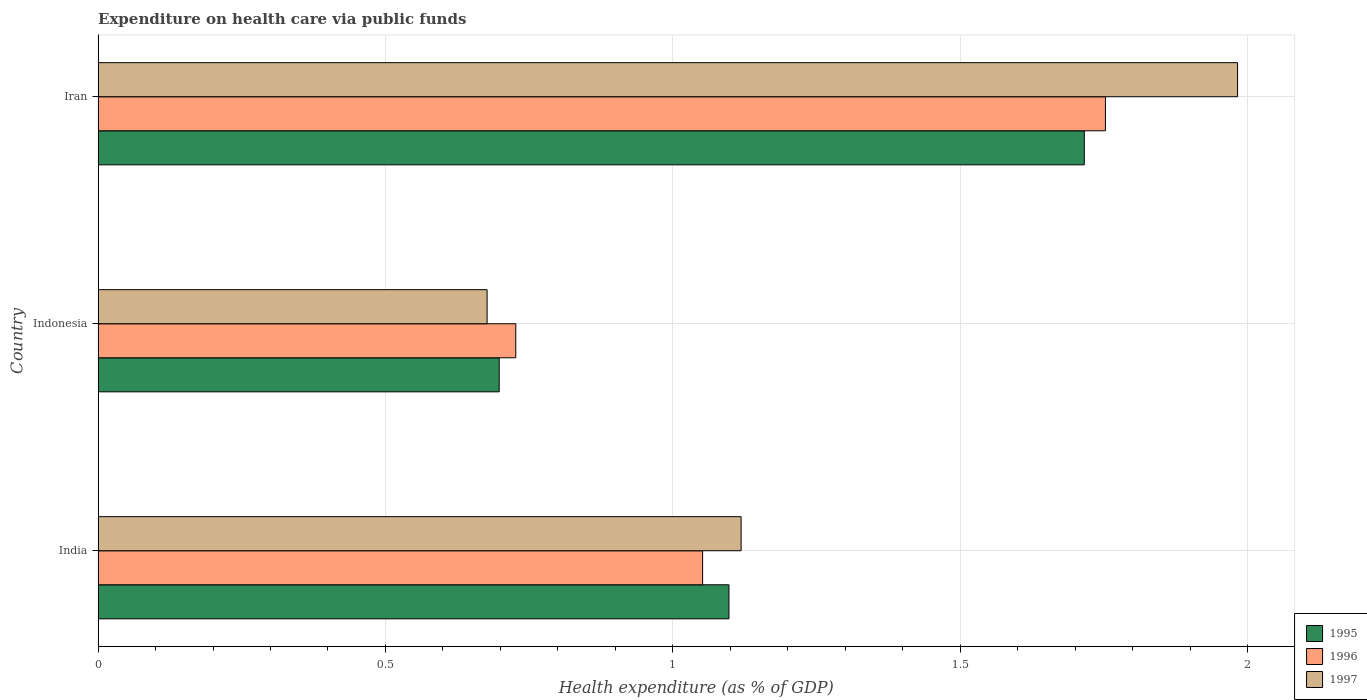
| Country | 1995 | 1996 | 1997 |
 | --- | --- | --- | --- |
 | India | 1.1 | 1.05 | 1.12 |
 | Indonesia | 0.698 | 0.727 | 0.677 |
 | Iran | 1.72 | 1.75 | 1.98 |